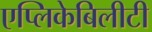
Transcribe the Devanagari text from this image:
एप्लिकेबिलीटी